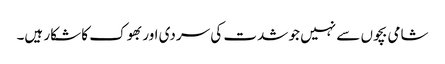
شامی بچوں سے نہیں جو شدت کی سردی اور بھوک کا شکار ہیں۔